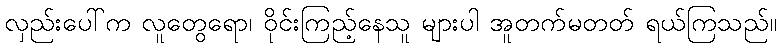
လှည်းပေါ်က လူတွေရော၊ ဝိုင်းကြည့်နေသူ များပါ အူတက်မတတ် ရယ်ကြသည်။